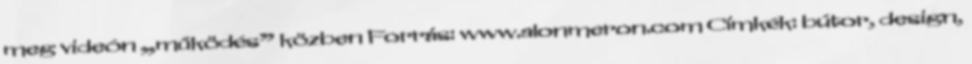
meg videón „működés” közben Forrás: www.alonmeron.com Címkék: bútor, design,